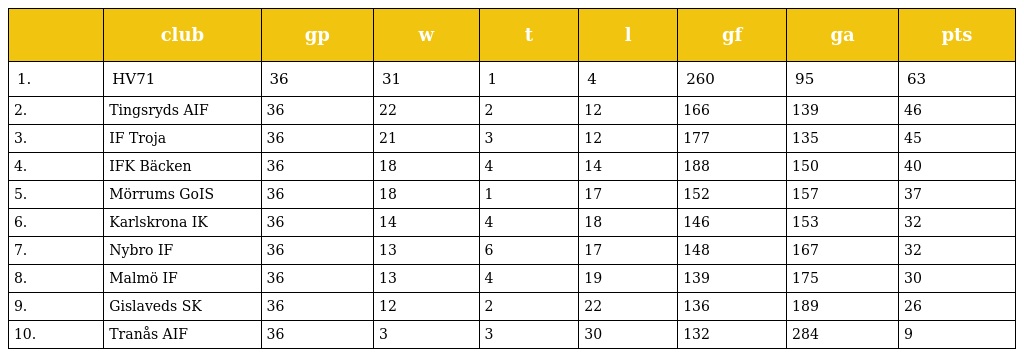
|  | club | gp | w | t | l | gf | ga | pts |
 | --- | --- | --- | --- | --- | --- | --- | --- | --- |
 | 1. | HV71 | 36 | 31 | 1 | 4 | 260 | 95 | 63 |
 | 2. | Tingsryds AIF | 36 | 22 | 2 | 12 | 166 | 139 | 46 |
 | 3. | IF Troja | 36 | 21 | 3 | 12 | 177 | 135 | 45 |
 | 4. | IFK Bäcken | 36 | 18 | 4 | 14 | 188 | 150 | 40 |
 | 5. | Mörrums GoIS | 36 | 18 | 1 | 17 | 152 | 157 | 37 |
 | 6. | Karlskrona IK | 36 | 14 | 4 | 18 | 146 | 153 | 32 |
 | 7. | Nybro IF | 36 | 13 | 6 | 17 | 148 | 167 | 32 |
 | 8. | Malmö IF | 36 | 13 | 4 | 19 | 139 | 175 | 30 |
 | 9. | Gislaveds SK | 36 | 12 | 2 | 22 | 136 | 189 | 26 |
 | 10. | Tranås AIF | 36 | 3 | 3 | 30 | 132 | 284 | 9 |